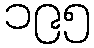
၁၉၅